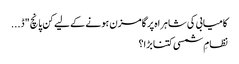
کامیابی کی شاہراہ پر گامزن ہونے کے لیے کن پانچ "ڈ...
نظامِ شمسی کتنا بڑا؟